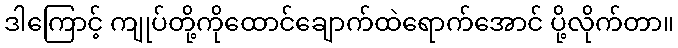
ဒါကြောင့် ကျုပ်တို့ကိုထောင်ချောက်ထဲရောက်အောင် ပို့လိုက်တာ။